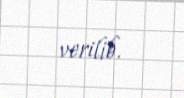
verilib.